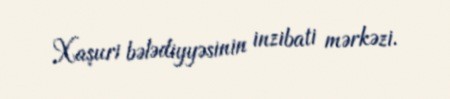
Xaşuri bələdiyyəsinin inzibati mərkəzi.